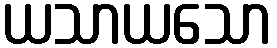
ယသာယသော